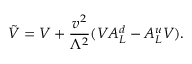
\tilde { V } = V + \frac { v ^ { 2 } } { \Lambda ^ { 2 } } ( V A _ { L } ^ { d } - A _ { L } ^ { u } V ) .